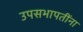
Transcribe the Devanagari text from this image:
उपसभापतींना